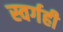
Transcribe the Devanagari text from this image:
स्वर्गही